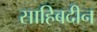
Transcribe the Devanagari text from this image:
साहिबदीन